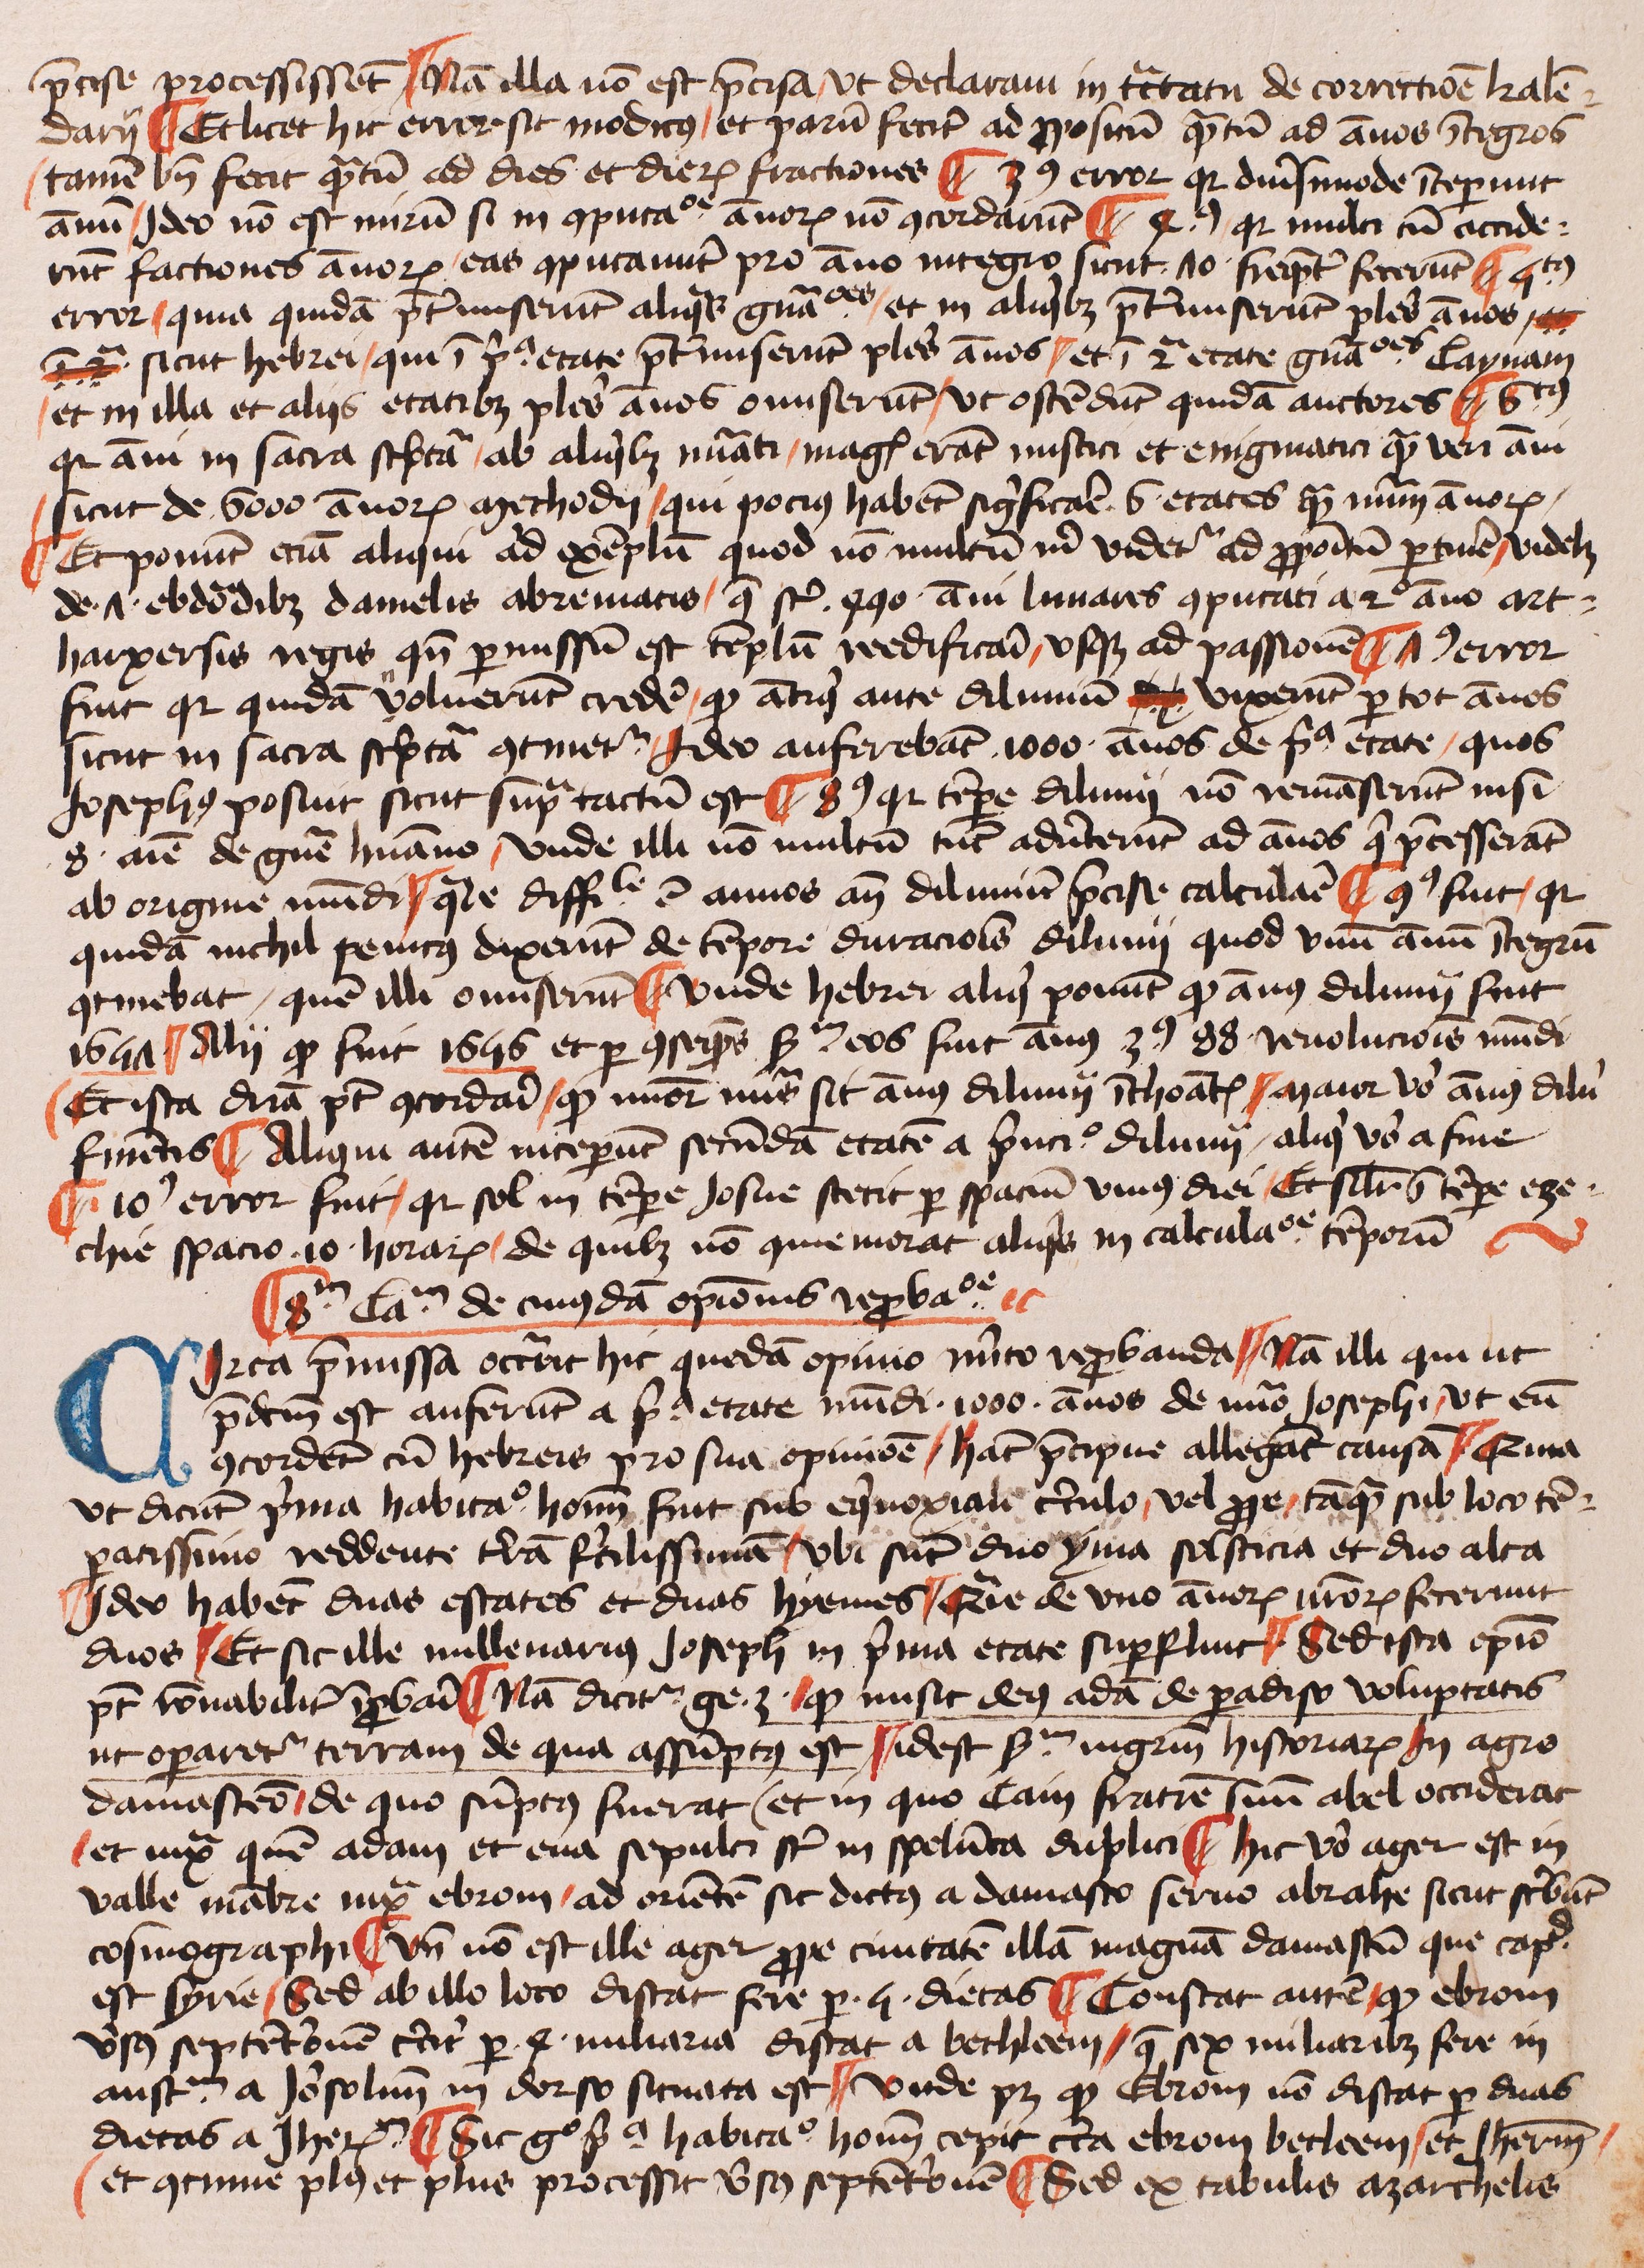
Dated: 1425–1449